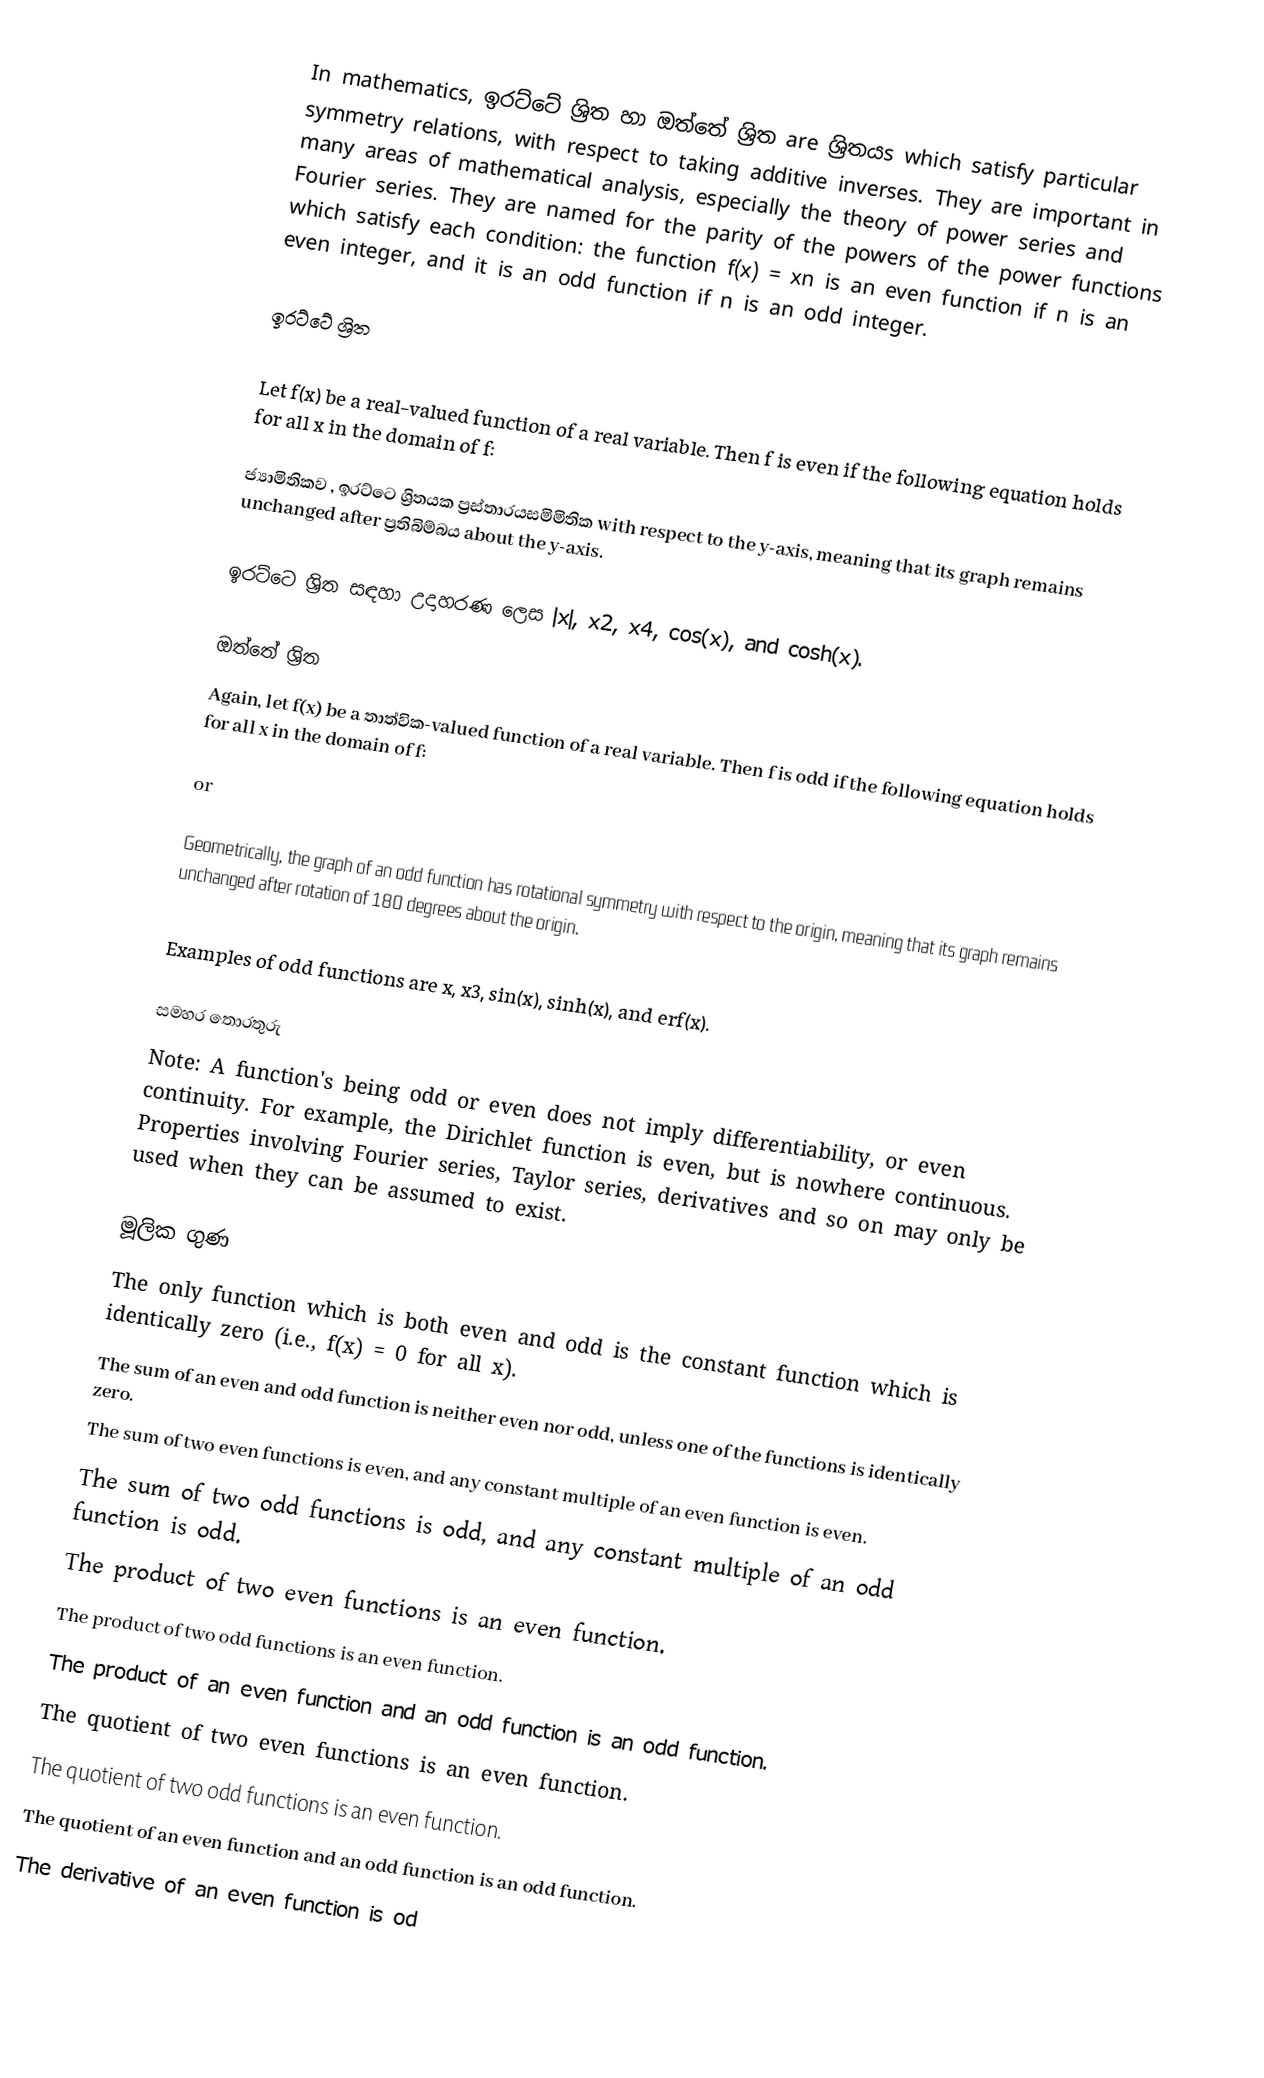
In mathematics, ඉරට්ටේ ශ්‍රිත හා ඔත්තේ ශ්‍රිත are ශ්‍රිතයs which satisfy particular symmetry relations, with respect to taking additive inverses. They are important in many areas of mathematical analysis, especially the theory of power series and Fourier series. They are named for the parity of the powers of the power functions which satisfy each condition: the function f(x) = xn is an even function if n is an even integer, and it is an odd function if n is an odd integer.

ඉරට්ටේ ශ්‍රිත

Let f(x) be a real-valued function of a real variable. Then f is even if the following equation holds for all x in the domain of f:

ජ්‍යාමිතිකව , ඉරට්ටෙ ශ්‍රිතයක ප්‍රස්තාරයසමිමිතික with respect to the y-axis, meaning that its graph remains unchanged after ප්‍රතිබිම්බය about the y-axis.

ඉරට්ටෙ ශ්‍රිත සඳහා උදාහරණ ලෙස |x|, x2, x4, cos(x), and cosh(x).

ඔත්තේ ශ්‍රිත
Again, let f(x) be a තාත්වික-valued function of a real variable. Then f is odd if the following equation holds for all x in the domain of f:

or

Geometrically, the graph of an odd function has rotational symmetry with respect to the origin, meaning that its graph remains unchanged after rotation of 180 degrees about the origin.

Examples of odd functions are x, x3, sin(x), sinh(x), and erf(x).

සමහර තොරතුරු
Note: A function's being odd or even does not imply differentiability, or even continuity. For example, the Dirichlet function is even, but is nowhere continuous. Properties involving Fourier series, Taylor series, derivatives and so on may only be used when they can be assumed to exist.

මූලික ගුණ
The only function which is both even and odd is the constant function which is identically zero (i.e., f(x) = 0 for all x).
The sum of an even and odd function is neither even nor odd, unless one of the functions is identically zero.
The sum of two even functions is even, and any constant multiple of an even function is even.
The sum of two odd functions is odd, and any constant multiple of an odd function is odd.
The product of two even functions is an even function.
The product of two odd functions is an even function.
The product of an even function and an odd function is an odd function.
The quotient of two even functions is an even function.
The quotient of two odd functions is an even function.
The quotient of an even function and an odd function is an odd function.
The derivative of an even function is od